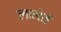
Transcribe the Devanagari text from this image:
लालेमें